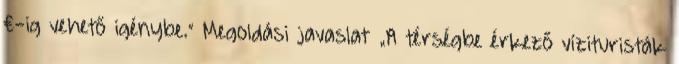
€-ig vehető igénybe.” Megoldási javaslat ▪„A térségbe érkező vízituristák